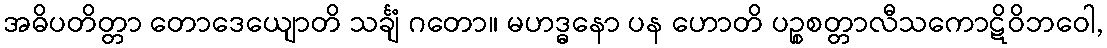
အဓိပတိတ္တာ တောဒေယျောတိ သင်္ချံ ဂတော။ မဟဒ္ဓနော ပန ဟောတိ ပဉ္စစတ္တာလီသကောဋိဝိဘဝေါ,